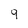
Character: 9